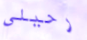
رحيلي